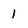
Character: 1